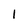
Character: 1